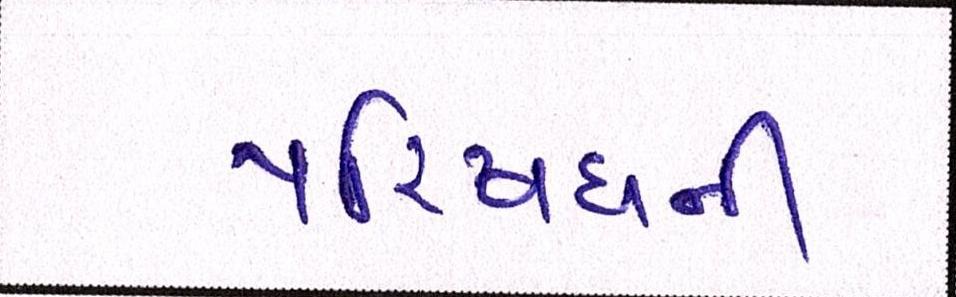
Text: પરિષધની